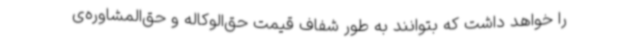
را خواهد داشت که بتوانند به طور شفاف قیمت حق‌الوکاله و حق‌المشاوره‌ی